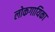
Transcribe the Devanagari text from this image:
लोकगायिका